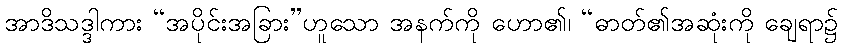
အာဒိသဒ္ဒါကား “အပိုင်းအခြား”ဟူသော အနက်ကို ဟော၏၊ “ဓာတ်၏အဆုံးကို ချေရာ၌